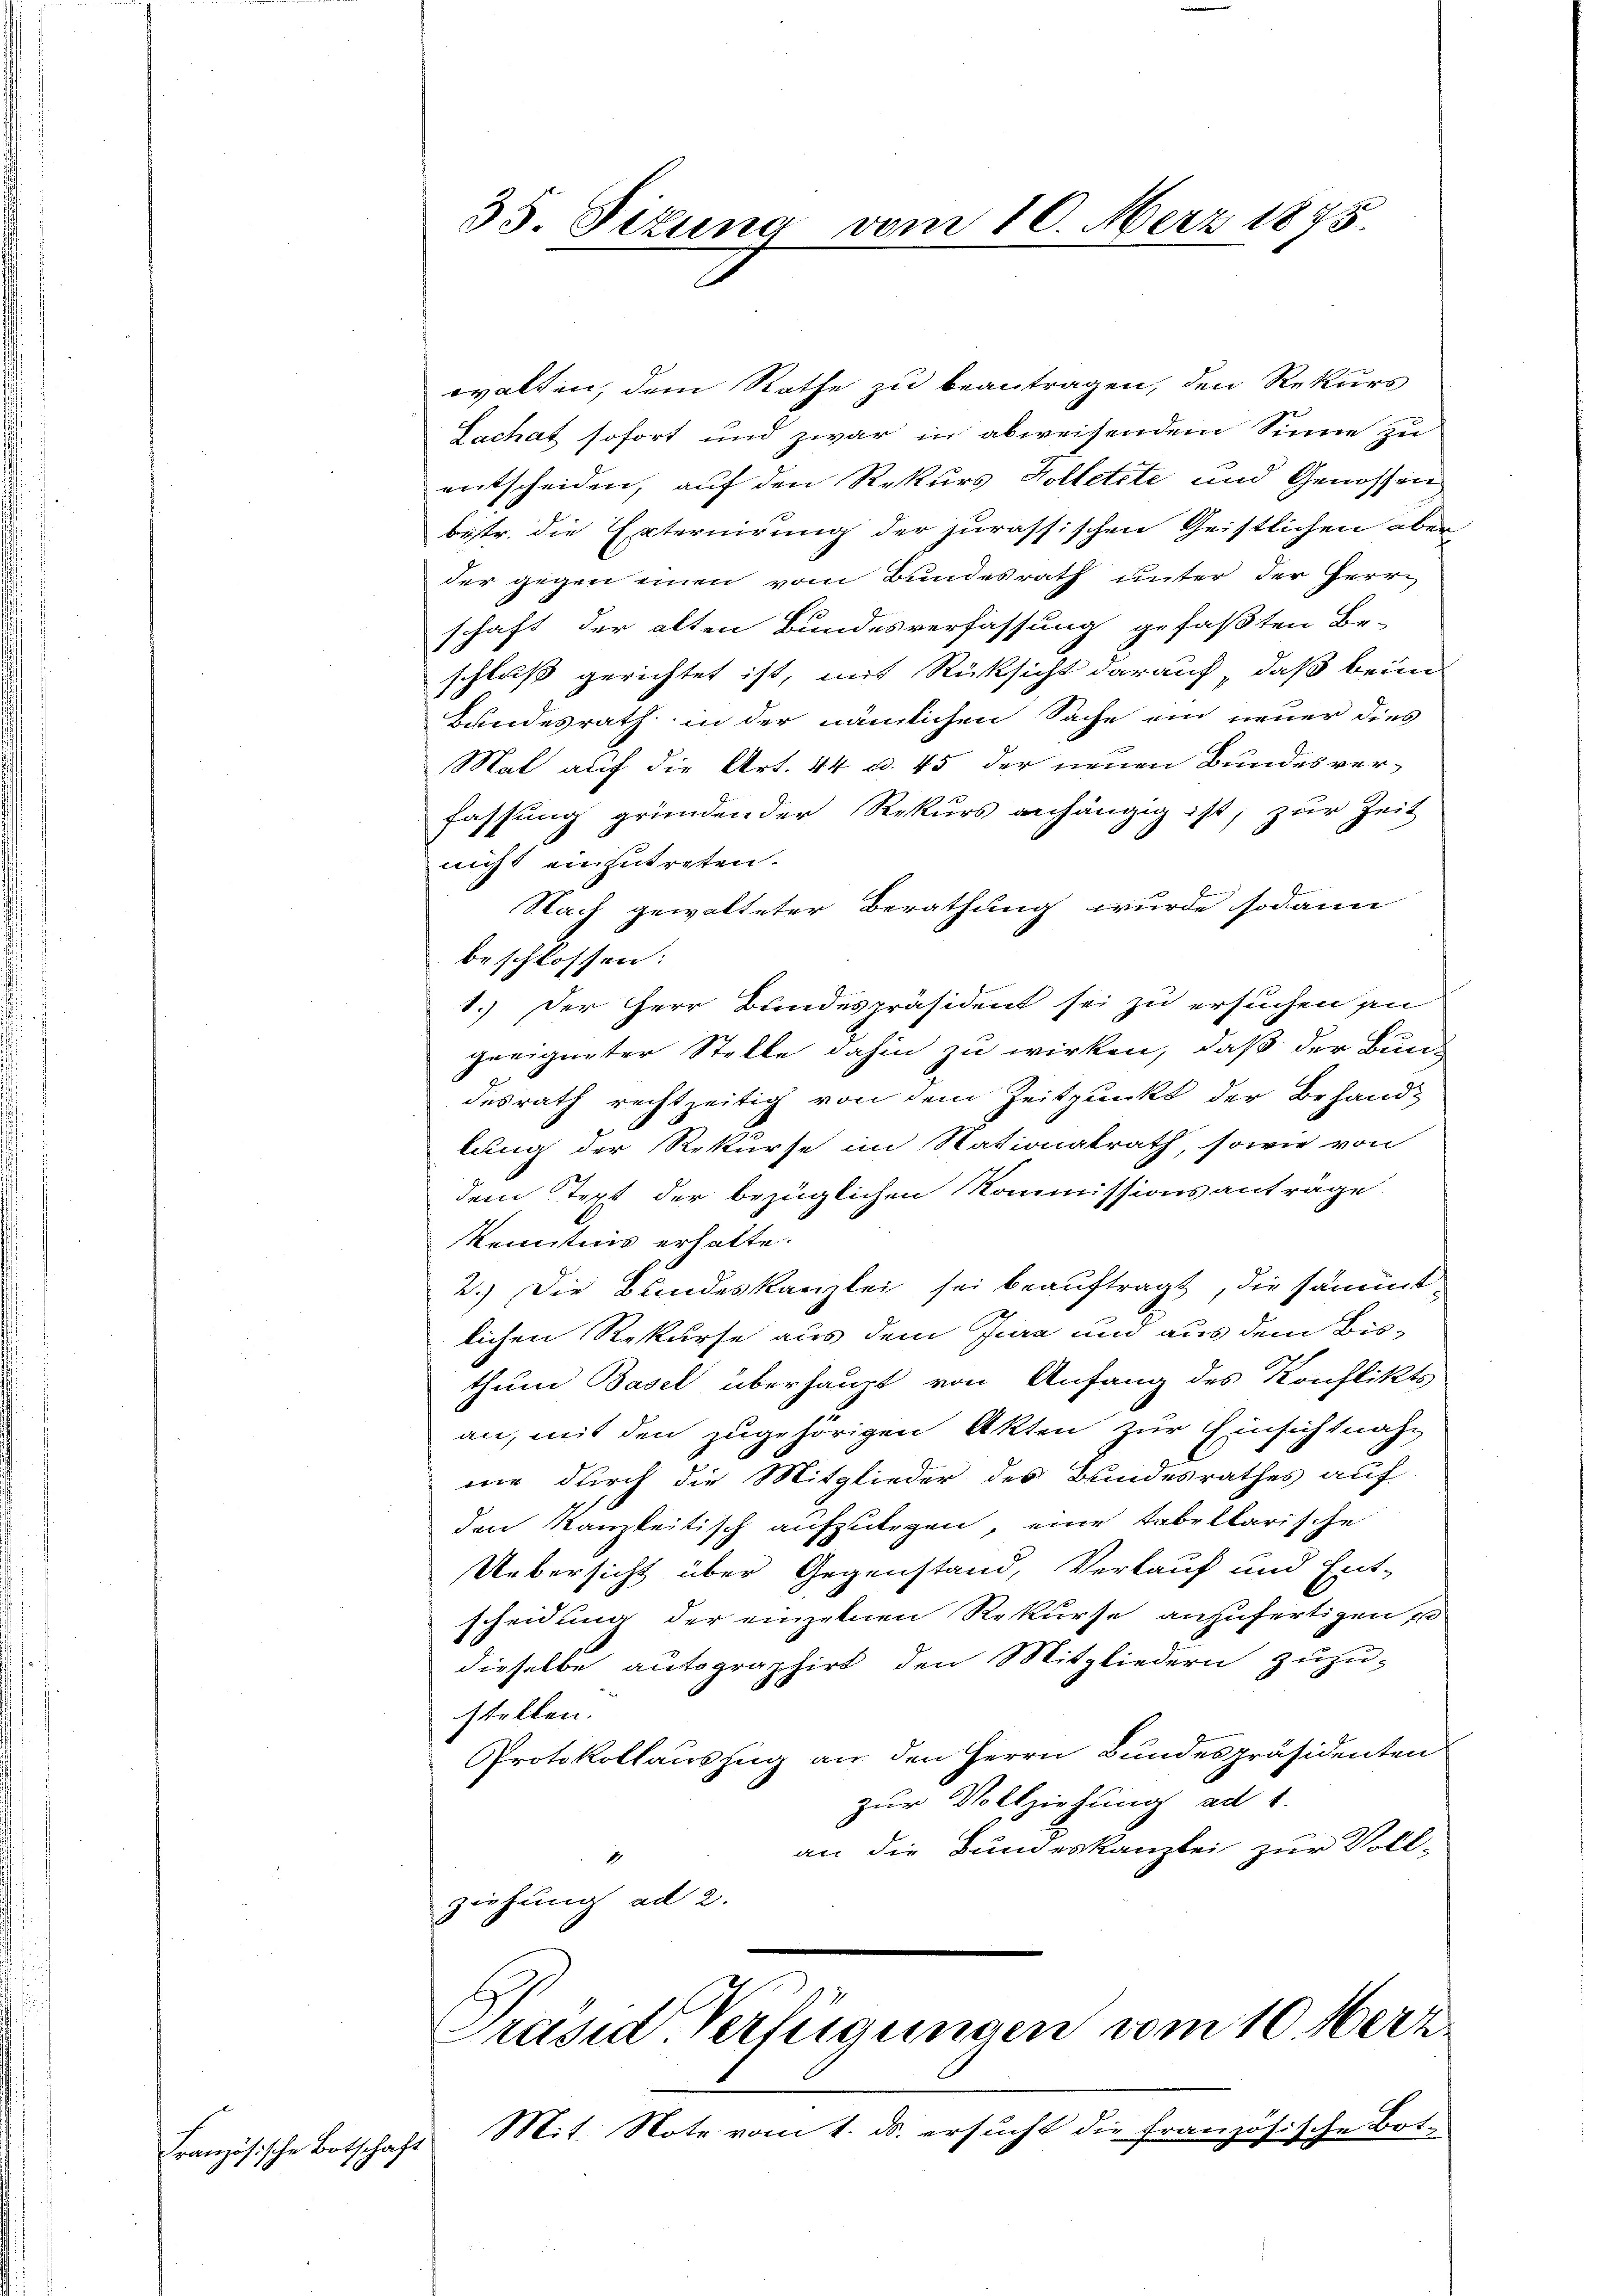
Französische Botschaft

35. Sizung vom 10. Merz 1875.

rwalten, dem Rathe zu beantragen, den Rekurs
Lachat sofort und zwar in abweisendem Sinne zu
entscheiden, auf den Rekurs Kolletete und Genossen
bestr. die Externirung der jurassischen Geistlichen aber
der gegen einen vom Bundesrath unter der Herrn
schaft der alten Bundesverfassung gefaßten Be-
schluß gerichtet ist, mit Rücksicht darauf, daß beim
Bundesrath in der nämlichen Sache ein neuer dies
Mal auf die Art. 44 u. 45 der neuen Bundes verfassung gründender Rekurs anhängig ist; zur Zeit
nicht einzutreten.
Nach gewalteter Berathung wurde sodann
beschlossen:
1.) Der Herr Bundespräsident sei zu ersuchen an
geeigneter Stelle dahin zu wirken, daß der Bun-
desrath rechtzeitig von dem Zeitpunkt der Behandlung der Rekurse im Nationalrath, sowie von
dem Text der bezüglichen Kommissionsantrage
Kenntnis erhalte.
2.) Die Bundeskanzlei sei beauftragt, die sämmt
lichen Rekurse aus dem Jura und aus dem Bisthum Basel überhaupt von Anfang des Konflikts
an, mit den zugehörigen Akten zur Einsichtnah-
me durch die Mitglieder des Bundesrathes auf
den kanzleitisch aufzulegen, eine tabellarische
Uebersicht über Gegenstand, Verkauf und Ent-
scheidung der einzelnen Rekurse anzufertigen
dieselbe autographirt den Mitgliedern zuzu-
stellen.
Protokollauszug an den Herrn Bundespräsidenten
zur Vollziehung ad 1.
an die Bundeskanzlei zur Voll-
ziehung ad 2.

Präsid Verfügungen vom 10 Merz

Mit Note vom 1. ds. ersucht die französische Bot-